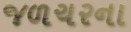
જળચરના